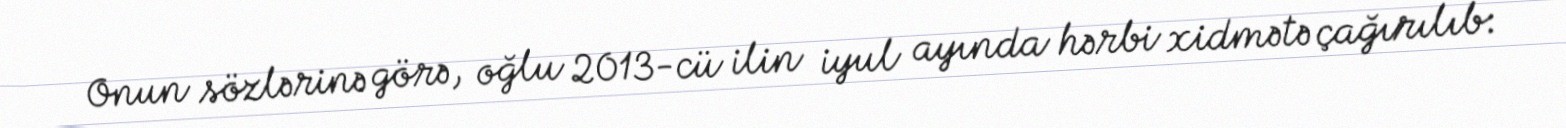
Onun sözlərinə görə, oğlu 2013-cü ilin iyul ayında hərbi xidmətə çağırılıb: